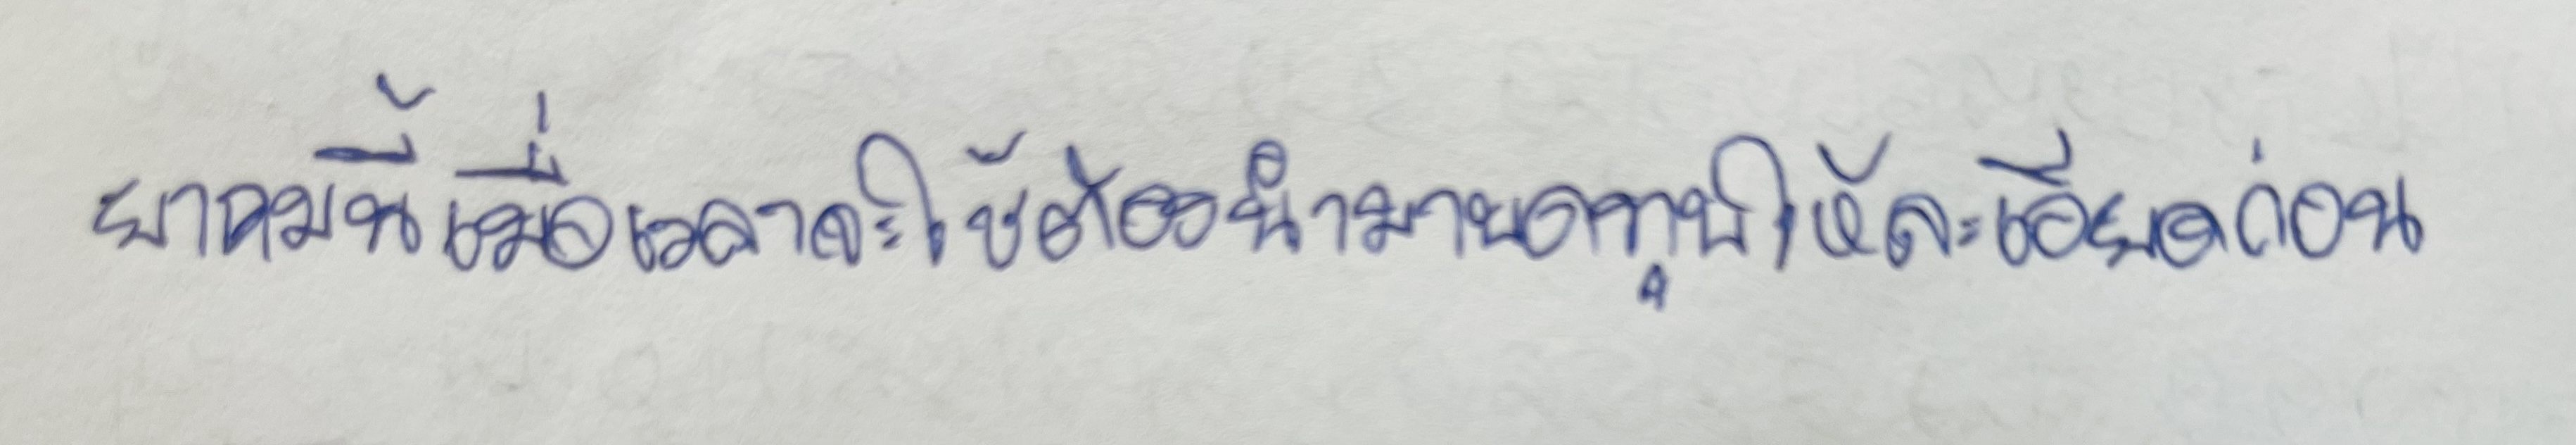
ยาถมนี้เมื่อเวลาจะใช้ต้องนำมาบดทุบให้ละเอียดก่อน